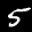
Label: 5